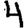
Digit: 4